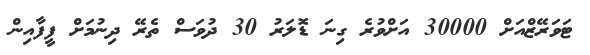
ޓަވަރޭޒްއަށް 30000 އަށްވުރެ ގިނަ ޑޮލަރު 30 ދުވަސް ތެރޭ ދިނުމަށް ފީފާއިން